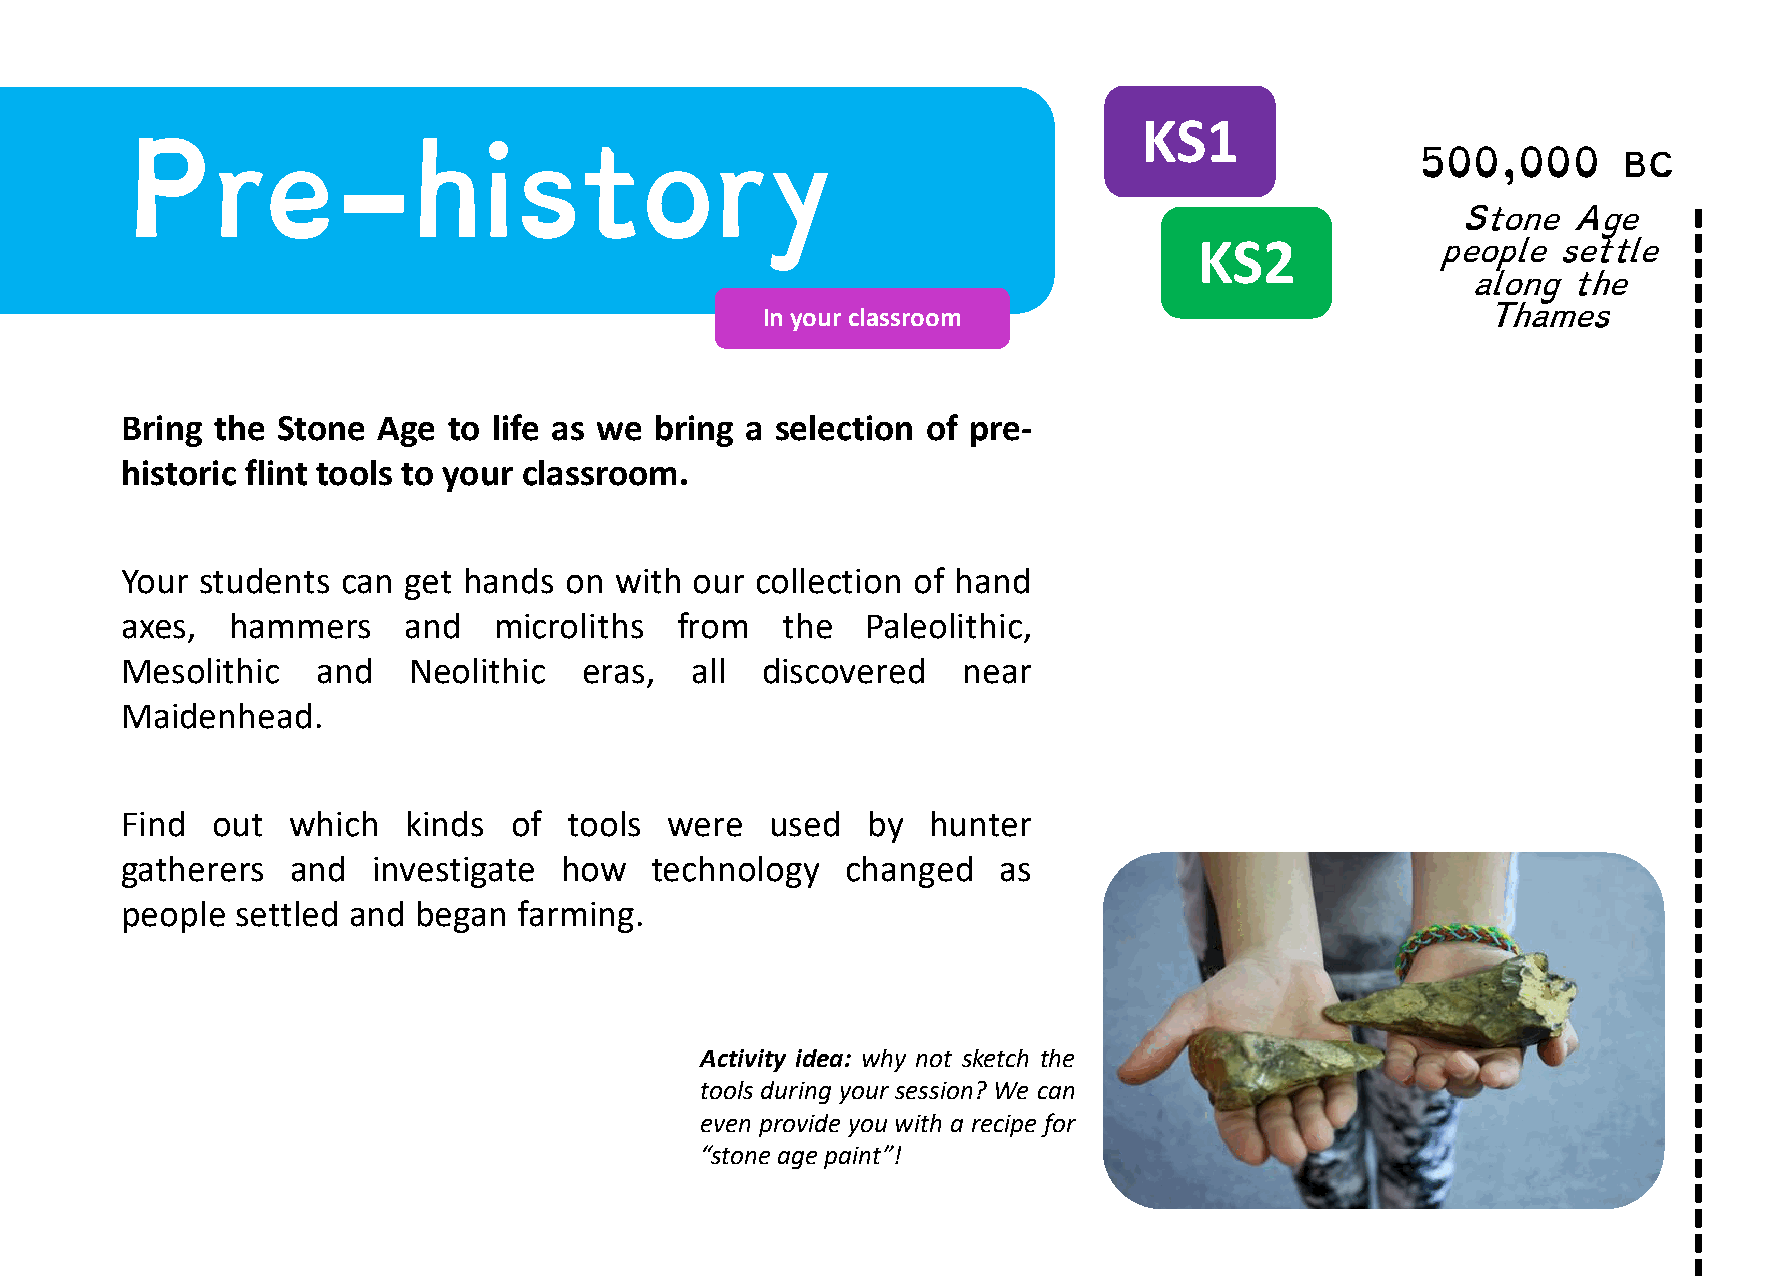
KS1
 500,000
 BC
 Pre-history
 Stone  Age
 KS2
 people  settle
 along  the
 In your classroom                               Thames
 Bring the Stone  Age  to life as we bring a selection of pre-
 historic flint tools to your classroom.
 Your students  can get hands on  with our collection of hand
 axes,  hammers     and   microliths  from   the  Paleolithic,
 Mesolithic   and   Neolithic   eras,  all discovered    near
 Maidenhead.
 Find  out  which   kinds  of  tools were   used  by   hunter
 gatherers  and   investigate how   technology   changed   as
 people  settled and began farming.
 Activity idea: why not sketch the
 tools during your session? We can
 even provide you with a recipe for
 “stone age paint”!